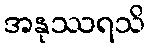
အနုဿရသိ